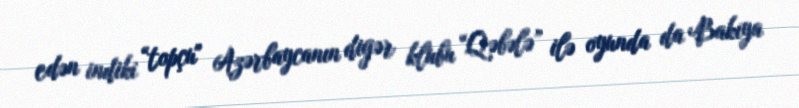
edən indiki “topçu" Azərbaycanın digər klubu “Qəbələ” ilə oyunda da Bakıya